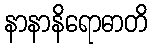
နာနာနိရောဓာတိ